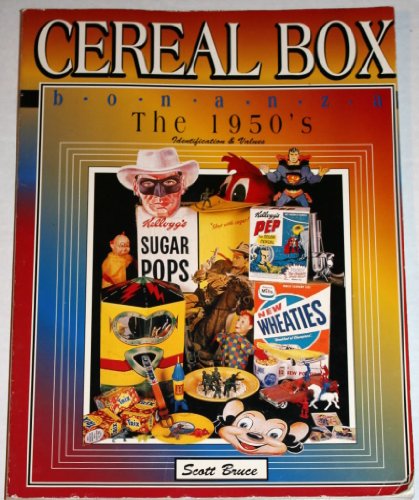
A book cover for Cereal Box Bonanza the 1950's: Identification & Values; Scott Bruce; Crafts, Hobbies & Home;